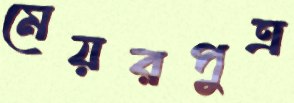
মেয়রপুত্র